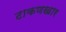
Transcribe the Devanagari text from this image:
टाकणखार